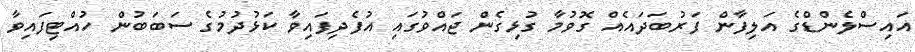
އައިސްލެންޑްގެ އަލިފާން ފަރުބަދައެއް ގޮވުމާ ގުޅިގެން ޖައްވުގައި އުފެދިފައިވާ ކަޅުދުމުގެ ސަބަބުން ހުއްޓިފައިވާ